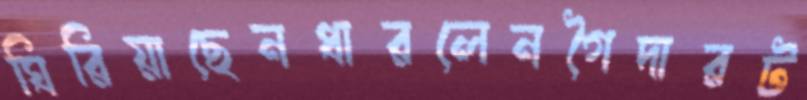
ঘিরিয়াছেনধারলেনগৈদারট